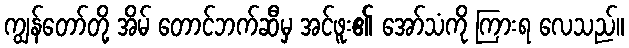
ကျွန်တော်တို့ အိမ် တောင်ဘက်ဆီမှ အင်ဖူး၏ အော်သံကို ကြားရ လေသည်။